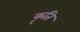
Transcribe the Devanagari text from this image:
कॄति